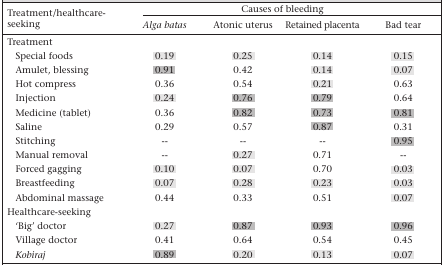
<table><thead><tr><td rowspan="2"><b>Treatment/healthcare-seeking</b></td><td colspan="4"><b>Causes of bleeding</b></td></tr><tr><td><b><i>Alga batas</i></b></td><td><b>Atonic uterus</b></td><td><b>Retained placenta</b></td><td><b>Bad tear</b></td></tr></thead><tbody><tr><td colspan="5">Treatment</td></tr><tr><td>Special foods</td><td>0.19</td><td>0.25</td><td>0.14</td><td>0.15</td></tr><tr><td>Amulet, blessing</td><td>0.91</td><td>0.42</td><td>0.14</td><td>0.07</td></tr><tr><td>Hot compress</td><td>0.36</td><td>0.54</td><td>0.21</td><td>0.63</td></tr><tr><td>Injection</td><td>0.24</td><td>0.76</td><td>0.79</td><td>0.64</td></tr><tr><td>Medicine (tablet)</td><td>0.36</td><td>0.82</td><td>0.73</td><td>0.81</td></tr><tr><td>Saline</td><td>0.29</td><td>0.57</td><td>0.87</td><td>0.31</td></tr><tr><td>Stitching</td><td>--</td><td>--</td><td>--</td><td>0.95</td></tr><tr><td>Manual removal</td><td>--</td><td>0.27</td><td>0.71</td><td>--</td></tr><tr><td>Forced gagging</td><td>0.10</td><td>0.07</td><td>0.70</td><td>0.03</td></tr><tr><td>Breastfeeding</td><td>0.07</td><td>0.28</td><td>0.23</td><td>0.03</td></tr><tr><td>Abdominal massage</td><td>0.44</td><td>0.33</td><td>0.51</td><td>0.07</td></tr><tr><td colspan="5">Healthcare-seeking</td></tr><tr><td>‘Big&#x27; doctor</td><td>0.27</td><td>0.87</td><td>0.93</td><td>0.96</td></tr><tr><td>Village doctor</td><td>0.41</td><td>0.64</td><td>0.54</td><td>0.45</td></tr><tr><td><i>Kobiraj</i></td><td>0.89</td><td>0.20</td><td>0.13</td><td>0.07</td></tr></tbody></table>